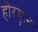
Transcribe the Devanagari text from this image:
होरमुज